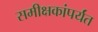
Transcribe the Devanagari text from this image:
समीक्षकांपर्यंत